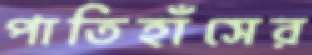
পাতিহাঁসের